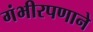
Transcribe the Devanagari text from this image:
गंभीरपणाने